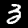
Digit: 3